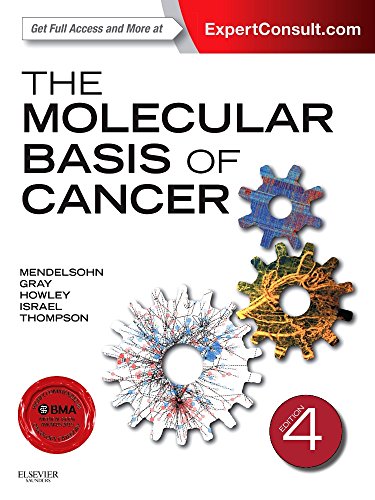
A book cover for The Molecular Basis of Cancer, 4e; John Mendelsohn MD; Medical Books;